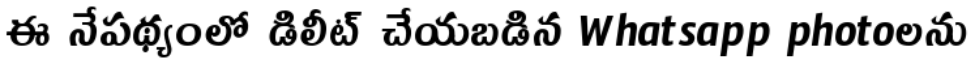
ఈ నేపథ్యంలో డిలీట్ చేయబడిన Whatsapp photoలను